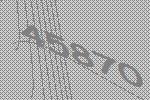
45870